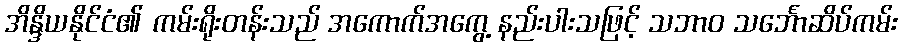
အိန္ဒိယနိုင်ငံ၏ ကမ်းရိုးတန်းသည် အကောက်အကွေ့ နည်းပါးသဖြင့် သဘာဝ သင်္ဘောဆိပ်ကမ်း